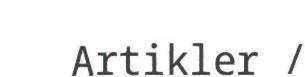
Artikler /